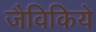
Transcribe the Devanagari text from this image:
जैविकिये